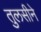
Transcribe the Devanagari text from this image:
तुलसीने